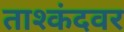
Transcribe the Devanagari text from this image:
ताश्कंदवर